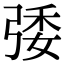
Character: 㢻